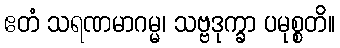
ဧတံ သရဏမာဂမ္မ၊ သဗ္ဗဒုက္ခာ ပမုစ္စတိ။